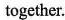
together.